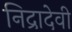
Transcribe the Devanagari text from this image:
निद्रादेवी